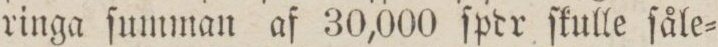
ringa ſumman af 30,000 ſpdr ſkulle ſåle=